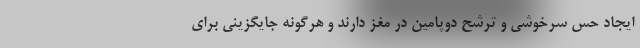
ایجاد حس سرخوشی و ترشح دوپامین در مغز دارند و هرگونه جایگزینی برای